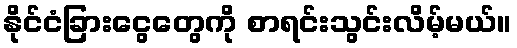
နိုင်ငံခြားငွေတွေကို စာရင်းသွင်းလိမ့်မယ်။